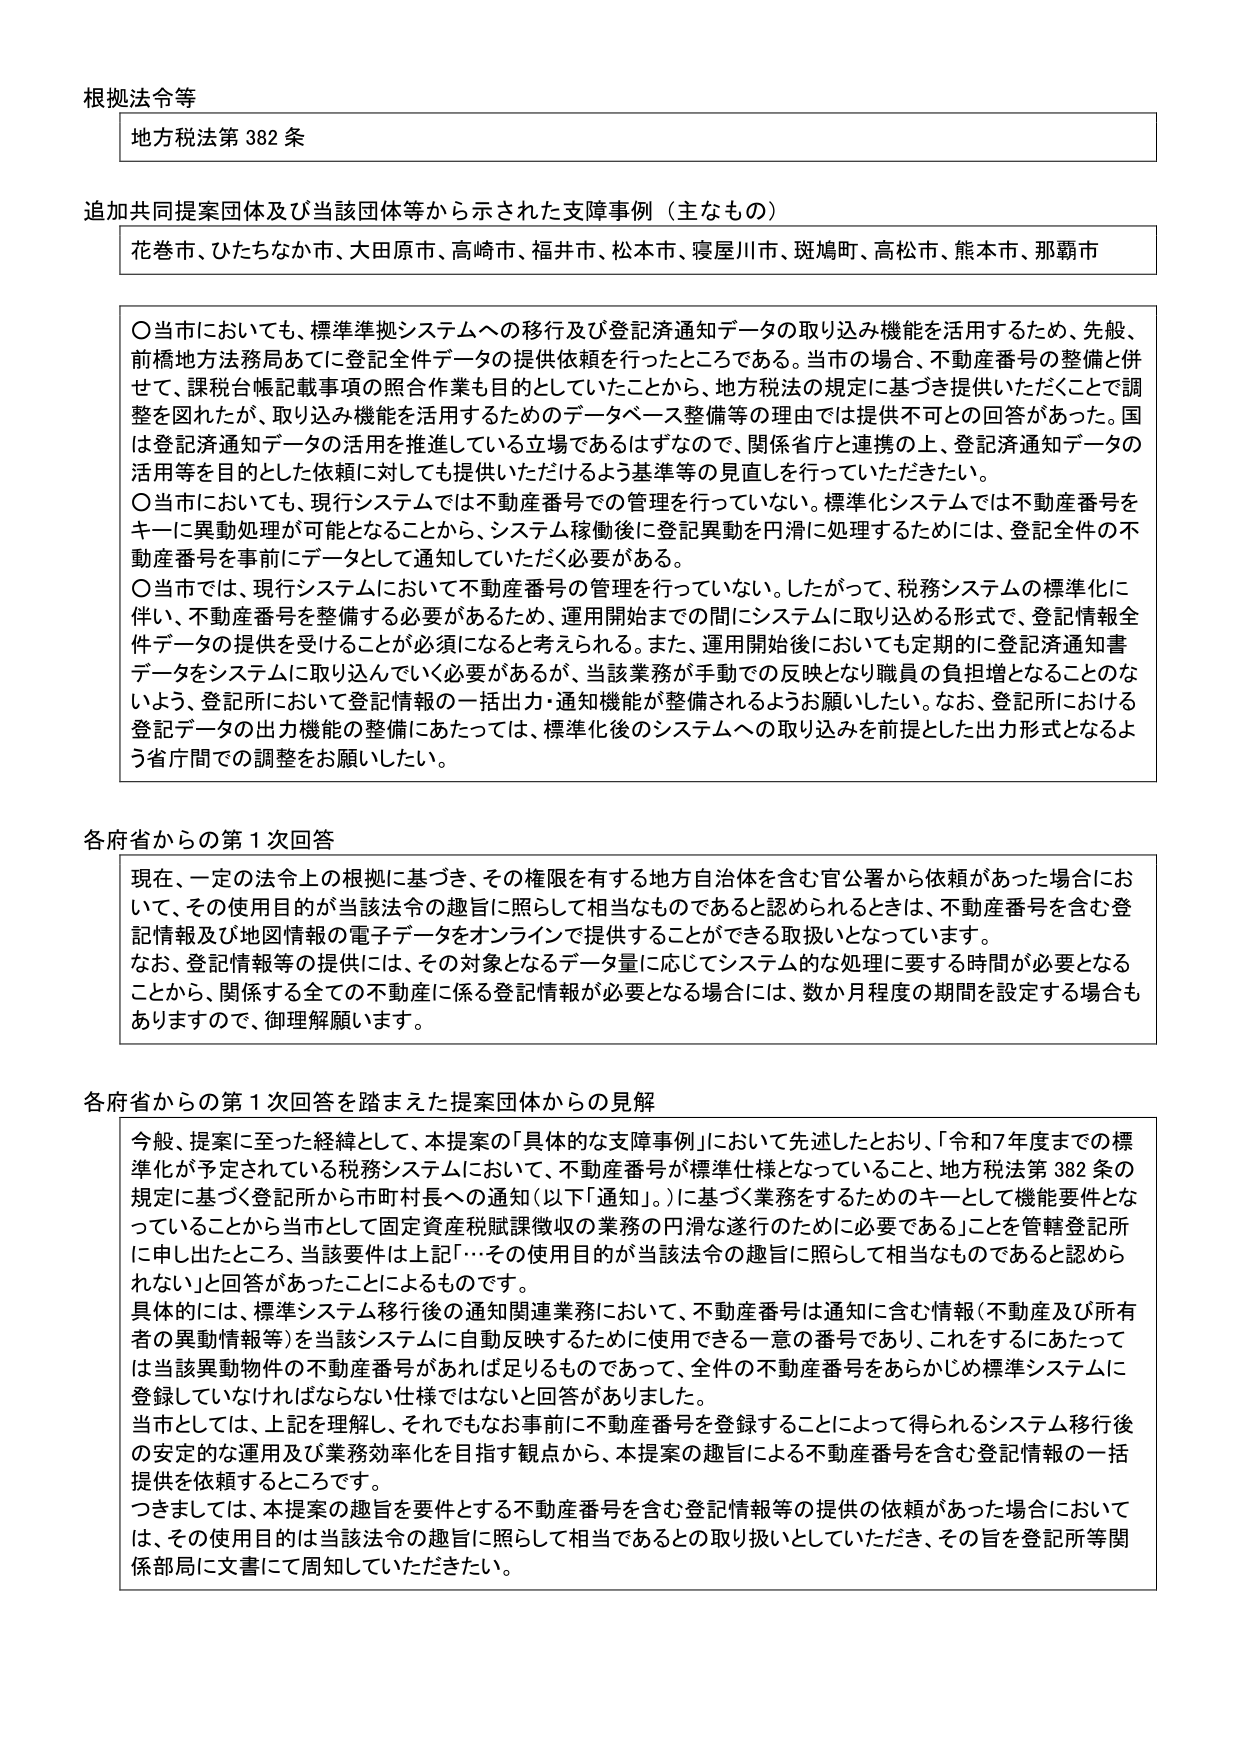
根拠法令等
地方税法第382条

追加共同提案団体及び当該団体等から示された支援事例（主なもの）
花巻市、ひたちなか市、大田原市、高崎市、福井市、松本市、寝屋川市、斑鳩町、高松市、熊本市、那覇市

〇 当市においても、標準準拠システムへの移行及び登記済通知データの取り込み機能を活用するため、先般、前橋地方法務局あてに登記全件データの提供依頼を行ったところである。当市の場合、不動産番号の整備と併せて、課税台帳記載事項の照合作業も目的としていたことから、地方税法の規定に基づき提供いただくことで調整を図れたが、取り込み機能を活用するためのデータベース整備等の理由では提供不可との回答があった。国は登記済通知データの活用を推進している立場であるはずなので、関係省庁と連携の上、登記済通知データの活用等を目的とした依頼に対しても提供いただけるよう基準等の見直しを行っていただきたい。
〇 当市においても、現行システムでは不動産番号での管理を行っていない。標準化システムでは不動産番号をキーに異動処理が可能となることから、システム稼働後に登記異動を円滑に処理するためには、登記全件の不動産番号を事前にデータとして通知していただく必要がある。
〇 当市では、現行システムにおいて不動産番号の管理を行っていない。したがって、税務システムの標準化に伴い、不動産番号を整備する必要があるため、運用開始までの間にシステムに取り込める形式で、登記情報全件データの提供を受けることが必須になると考えられる。また、運用開始後においても定期的に登記済通知書データをシステムに取り込んでいく必要があるが、当該業務が手動での反映となり職員の負担増となることのないよう、登記所において登記情報の一括出力・通知機能が整備されるようお願いしたい。なお、登記所における登記データの出力機能の整備にあたっては、標準化後のシステムへの取り込みを前提とした出力形式となるよう省庁間での調整をお願いしたい。

各府省からの第1次回答
現在、一定の法令上の根拠に基づき、その権限を有する地方自治体を含む官公署から依頼があった場合において、その使用目的が当該法令の趣旨に照らして相当なものであると認められるときは、不動産番号を含む登記情報及び地図情報の電子データをオンラインで提供することができる取扱いとなっています。
なお、登記情報等の提供には、その対象となるデータ量に応じてシステム的な処理に要する時間が必要となることから、関係する全ての不動産に係る登記情報が必要となる場合には、数か月程度の期間を設定する場合もありますので、御理解願います。

各府省からの第1次回答を踏まえた提案団体からの見解
今般、提案に至った経緯として、本提案の「具体的な支援事例」において先述したとおり、「令和7年度までの標準化が予定されている税務システムにおいて、不動産番号が標準仕様となっていること、地方税法第382条の規定に基づく登記所から市町村長への通知（以下「通知」。）に基づく業務をするためのキーとして機能要件となっていることから当市として固定資産税賦課徴収の業務の円滑な遂行のために必要である」ことを管轄登記所に申し出たところ、当該要件は上記「…その使用目的が当該法令の趣旨に照らして相当なものであると認められない」と回答があったことによるものです。
具体的には、標準システム移行後の通知関連業務において、不動産番号は通知に含む情報（不動産及び所有者の異動情報等）を当該システムに自動反映するために使用できる一意の番号であり、これをすることによっては当該異動物件の不動産番号があらば足りるものであって、全件の不動産番号をあらかじめ標準システムに登録していなければならない仕様ではないと回答がありました。
当市としては、上記を理解し、それでもなお事前に不動産番号を登録することによって得られるシステム移行後の安定的な運用及び業務効率化を目指す観点から、本提案の趣旨による不動産番号を含む登記情報の一括提供を依頼するところです。
つままりましては、本提案の趣旨を要件とする不動産番号を含む登記情報等の提供の依頼があった場合においては、その使用目的は当該法令の趣旨に照らして相当であるとの取り扱いとしていただき、その旨を登記所等関係部局に文書にて周知していただきたい。